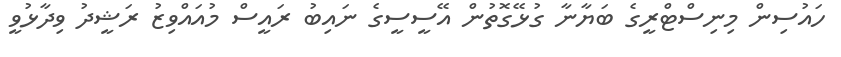
ހައުސިން މިނިސްޓްރީގެ ބަޔާނާ ގުޅޭގޮތުން އޭސީސީގެ ނައިބު ރައީސް މުއައްވިޒު ރަޝީދު ވިދާޅުވީ